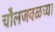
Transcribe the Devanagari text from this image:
चौलजवळच्या